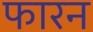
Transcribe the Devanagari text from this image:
फारन